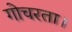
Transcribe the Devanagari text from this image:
गोचरता।